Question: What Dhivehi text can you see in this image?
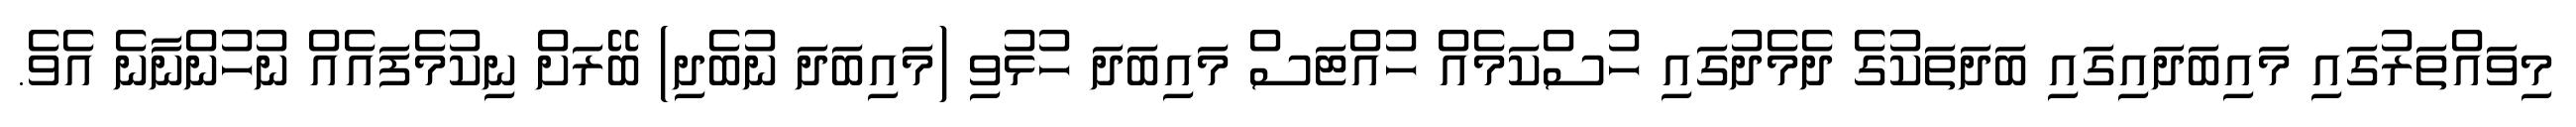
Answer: މިވައްތަރުގައި މައިބަދައިގައި ބަދަތަކުގެ ދެމެދުގައި ހުސްކަމެއް ހުއްޓަސް މައިބަދަ ހުޅުވި (މައިބަދަ ނުބެދި) ބޭރަށް ނިކުމެފައެއް ނުހުންނާނެ އެވެ.